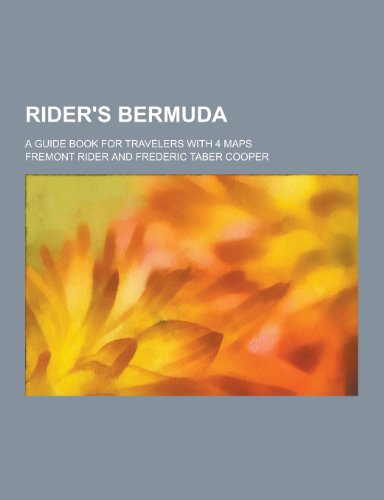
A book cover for Rider's Bermuda; A Guide Book for Travelers with 4 Maps; Fremont Rider; Travel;